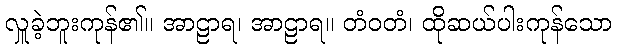
လှူခဲ့ဘူးကုန်၏။ အာဠာရ၊ အာဠာရ။ တံဝတံ၊ ထိုဆယ်ပါးကုန်သော